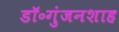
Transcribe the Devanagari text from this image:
डॉ॰गुंजनशाह